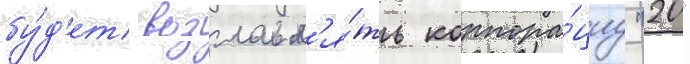
бу́д'ет возглавл'я́ть корпора́циу "20"